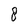
Character: 8